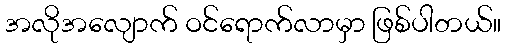
အလိုအလျောက် ဝင်ရောက်လာမှာ ဖြစ်ပါတယ်။